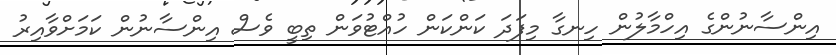
އިންސާނުންގެ އިހްމާލުން ހިނގާ މިފަދަ ކަންކަން ހުއްޓުވަން ތިބީ ވެސް އިންސާނުން ކަމަށްވާއިރު